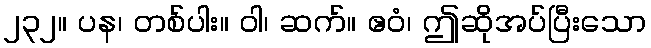
၂၃၂။ ပန၊ တစ်ပါး။ ဝါ၊ ဆက်။ ဧဝံ၊ ဤဆိုအပ်ပြီးသော